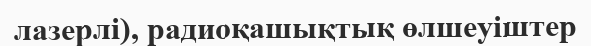
лазерлі), радиоқашықтық өлшеуіштер